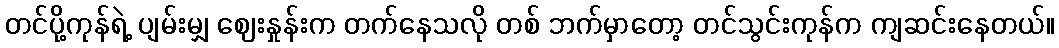
တင်ပို့ကုန်ရဲ့ ပျမ်းမျှ ဈေးနှုန်းက တက်နေသလို တစ် ဘက်မှာတော့ တင်သွင်းကုန်က ကျဆင်းနေတယ်။